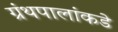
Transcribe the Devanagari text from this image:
ग्रंथपालांकडे